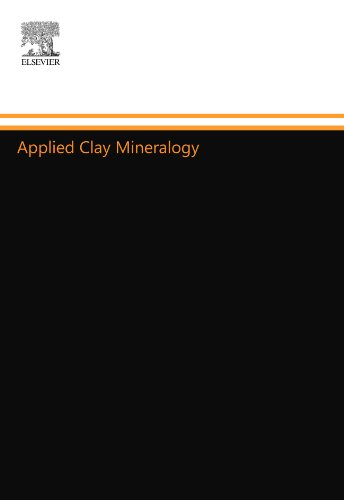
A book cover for Applied Clay Mineralogy: Occurrences, Processing and Applications of Kaolins, Bentonites, Palygorskite-Sepiolite, and Common Clays; Haydn H. Murray; Science & Math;